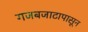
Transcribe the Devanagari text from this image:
गजबजाटापासून